Annual report of the Imperial Bacteriologist
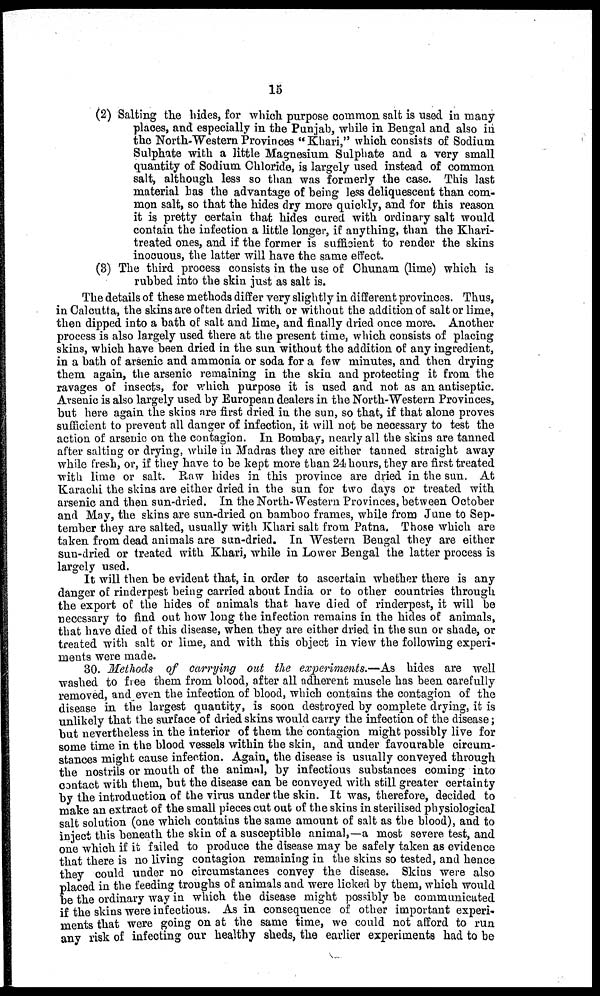
15
(2) Salting the hides, for which purpose common salt is used in many
places, and especially in the Punjab, while in Bengal and also in
the North-Western Provinces "Khari," which consists of Sodium
Sulphate with a little Magnesium Sulphate and a very small
quantity of Sodium Chloride, is largely used instead of common
salt, although less so than was formerly the case. This last
material has the advantage of being less deliquescent than com-
mon salt, so that the hides dry more quickly, and for this reason
it is pretty certain that hides cured with ordinary salt would
contain the infection a little longer, if anything, than the Khari-
treated ones, and if the former is sufficient to render the skins
inocuous, the latter will have the same effect.
(3) The third process consists in the use of Chunam (lime) which is
rubbed into the skin just as salt is.
The details of these methods differ very slightly in different provinces. Thus,
in Calcutta, the skins are often dried with or without the addition of salt or lime,
then dipped into a bath of salt and lime, and finally dried once more. Another
process is also largely used there at the present time, which consists of placing
skins, which have been dried in the sun without the addition of any ingredient,
in a bath of arsenic and ammonia or soda for a few minutes, and then drying
them again, the arsenic remaining in the skin and protecting it from the
ravages of insects, for which purpose it is used and not as an antiseptic.
Arsenic is also largely used by European dealers in the North-Western Provinces,
but here again the skins are first dried in the sun, so that, if that alone proves
sufficient to prevent all danger of infection, it will not be necessary to test the
action of arsenic on the contagion. In Bombay, nearly all the skins are tanned
after salting or drying, while in Madras they are either tanned straight away
while fresh, or, if they have to be kept more than 24 hours, they are first treated
with lime or salt. Raw hides in this province are dried in the sun. At
Karachi the skins are either dried in the sun for two days or treated with
arsenic and then sun-dried. In the North- Western Provinces, between October
and May, the skins are sun-dried on bamboo frames, while from June to Sep-
tember they are salted, usually with Khari salt from Patna. Those which are
taken from dead animals are sun-dried. In Western Bengal they are either
sun-dried or treated with Khari, while in Lower Bengal the latter process is
largely used.
It will then be evident that, in order to ascertain whether there is any
danger of rinderpest being carried about India or to other countries through
the export of the hides of animals that have died of rinderpest, it will be
necessary to find out how long the infection remains in the hides of animals,
that have died of this disease, when they are either dried in the sun or shade, or
treated with salt or lime, and with this object in view the following experi-
ments were made.
30. Methods of carrying out the experiments.—As hides are well
washed to free them from blood, after all adherent muscle has been carefully
removed, and even the infection of blood, which contains the contagion of the
disease in the largest quantity, is soon destroyed by complete drying, it is
unlikely that the surface of dried skins would carry the infection of the disease;
but nevertheless in the interior of them the contagion might possibly live for
some time in the blood vessels within the skin, and under favourable circum-
stances might cause infection. Again, the disease is usually conveyed through
the nostrils or mouth of the animal, by infectious substances coming into
contact with them, but the disease can be conveyed with still greater certainty
by the introduction of the virus under the skin. It was, therefore, decided to
make an extract of the small pieces cut out of the skins in sterilised physiological
salt solution (one which contains the same amount of salt as the blood), and to
inject this beneath the skin of a susceptible animal,—a most severe test, and
one which if it failed to produce the disease may be safely taken as evidence
that there is no living contagion remaining in the skins so tested, and hence
they could under no circumstances convey the disease. Skins were also
placed in the feeding troughs of animals and were licked by them, which would
be the ordinary way in which the disease might possibly be communicated
if the skins were infectious. As in consequence of other important experi-
ments that were going on at the same time, we could not afford to run
any risk of infecting our healthy sheds, the earlier experiments had to be